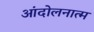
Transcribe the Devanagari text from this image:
आंदोलनात्म